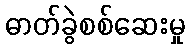
ဓာတ်ခွဲစစ်ဆေးမှု